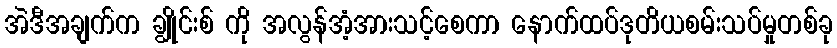
အဲဒီအချက်က ချွိုင်းစ် ကို အလွန်အံ့အားသင့်စေကာ နောက်ထပ်ဒုတိယစမ်းသပ်မှုတစ်ခု